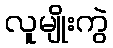
လူမျိုးကွဲ